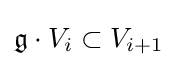
{\mathfrak {g}}\cdot V_{i}\subset V_{i+1}